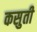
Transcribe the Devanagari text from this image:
कसुती